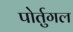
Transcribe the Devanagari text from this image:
पोर्तुगल